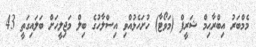
މެމްބަރު އިބްރާޙިމް ޝަރީފް (މަވޯޓާ) ހުށަހެޅުއްވި އިސްލާހުގެ ބިލް މަޖިލީހަށް ބަލައިގަތީ 43